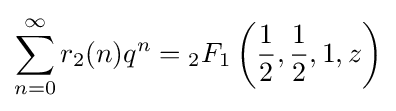
\sum _{n=0}^{\infty }r_{2}(n)q^{n}={}_{2}F_{1}\left({\frac {1}{2}},{\frac {1}{2}},1,z\right)